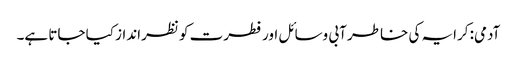
آدمی: کرایہ کی خاطر آبی وسائل اور فطرت کو نظرانداز کیا جاتا ہے۔